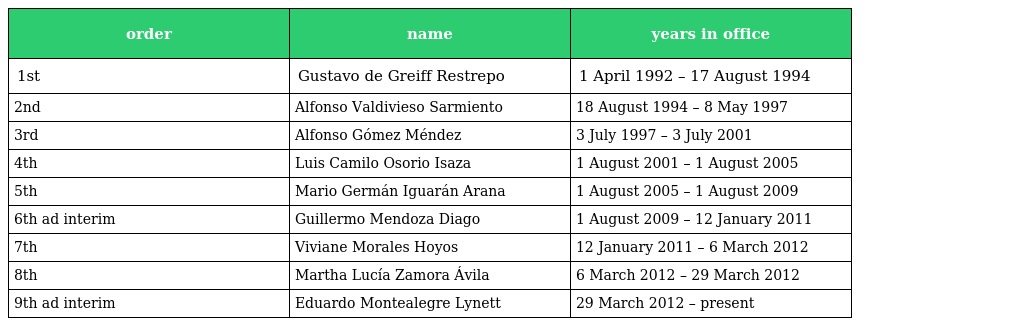
| order | name | years in office |
 | --- | --- | --- |
 | 1st | Gustavo de Greiff Restrepo | 1 April 1992 – 17 August 1994 |
 | 2nd | Alfonso Valdivieso Sarmiento | 18 August 1994 – 8 May 1997 |
 | 3rd | Alfonso Gómez Méndez | 3 July 1997 – 3 July 2001 |
 | 4th | Luis Camilo Osorio Isaza | 1 August 2001 – 1 August 2005 |
 | 5th | Mario Germán Iguarán Arana | 1 August 2005 – 1 August 2009 |
 | 6th ad interim | Guillermo Mendoza Diago | 1 August 2009 – 12 January 2011 |
 | 7th | Viviane Morales Hoyos | 12 January 2011 – 6 March 2012 |
 | 8th | Martha Lucía Zamora Ávila | 6 March 2012 – 29 March 2012 |
 | 9th ad interim | Eduardo Montealegre Lynett | 29 March 2012 – present |